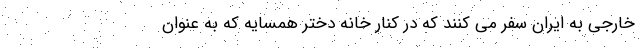
خارجی به ایران سفر می کنند که در کنار خانه دختر همسایه که به عنوان